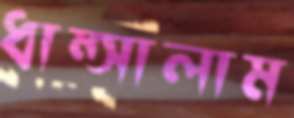
ধাম্‌সালাম